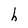
Character: h